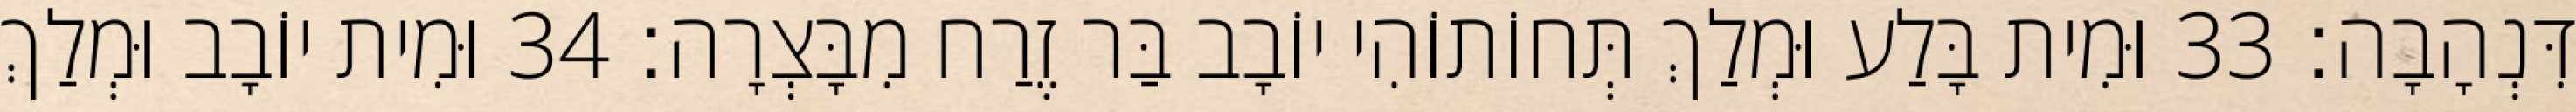
דִּנְהָבָה׃ 33 וּמִית בָּלַע וּמְלַךְ תְּחוֹתוֹהִי יוֹבָב בַּר זֶרַח מִבָּצְרָה׃ 34 וּמִית יוֹבָב וּמְלַךְ